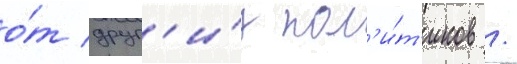
о́т друг'и́х пол'и́т'иков /